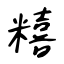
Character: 糦